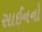
સાઈનનો